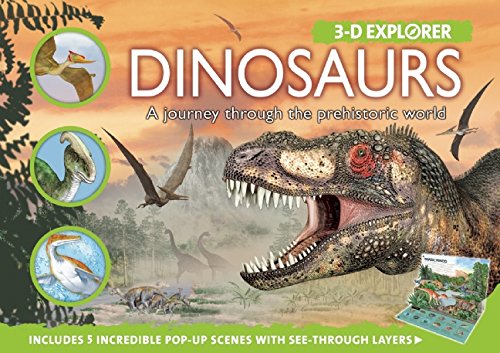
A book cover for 3-D Explorer: Dinosaurs: A Journey through the Prehistoric World (3D Explorers); Barbara Taylor; Children's Books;